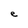
Character: e